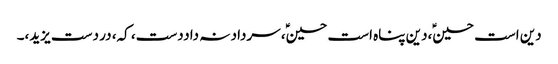
دین است حسینؑ،دین پناہ است حسینؑ، سرداد نہ داددست، کہ، در دست یزید،۔